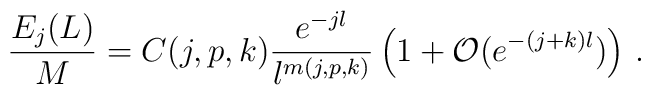
\frac{E_j(L)}{M}=C(j,p,k)\frac{e^{-jl}}{l^{m(j,p,k)}}\left( 1+{\mathcal{O}}(e^{-(j+k)l})\right)\,.